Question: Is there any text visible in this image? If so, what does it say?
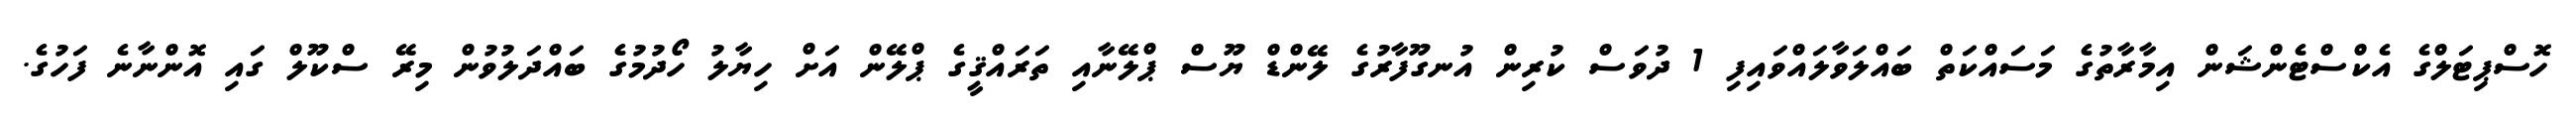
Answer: ހޮސްޕިޓަލްގެ އެކްސްޓެންޝަން އިމާރާތުގެ މަސައްކަތް ބައްލަވާލައްވައިފި 1 ދުވަސް ކުރިން އުނގޫފާރުގެ ލޭންޑް ޔޫސް ޕްލޭނާއި ތަރައްޤީގެ ޕްލޭން އަށް ހިޔާލު ހޯދުމުގެ ބައްދަލުވުން މިރޭ ސްކޫލް ގައި އޮންނާނެ ފަހުގެ.